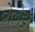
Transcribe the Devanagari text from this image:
वेलेट्टा